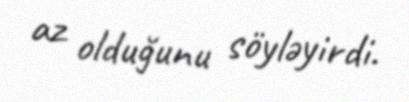
az olduğunu söyləyirdi.